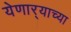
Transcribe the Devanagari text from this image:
येणार्‍याच्या